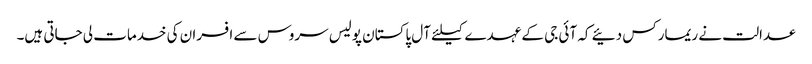
عدالت نے ریمارکس دئیے کہ آئی جی کے عہدے کیلئے آل پاکستان پولیس سروس سے افسران کی خدمات لی جاتی ہیں۔